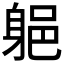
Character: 𲄡